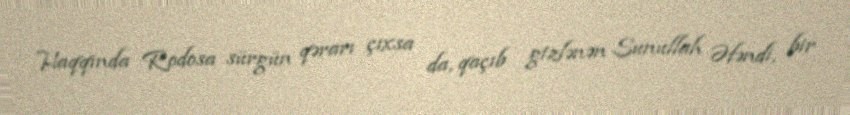
Haqqında Rodosa sürgün qərarı çıxsa da, qaçıb gizlənən Sunullah Əfəndi, bir